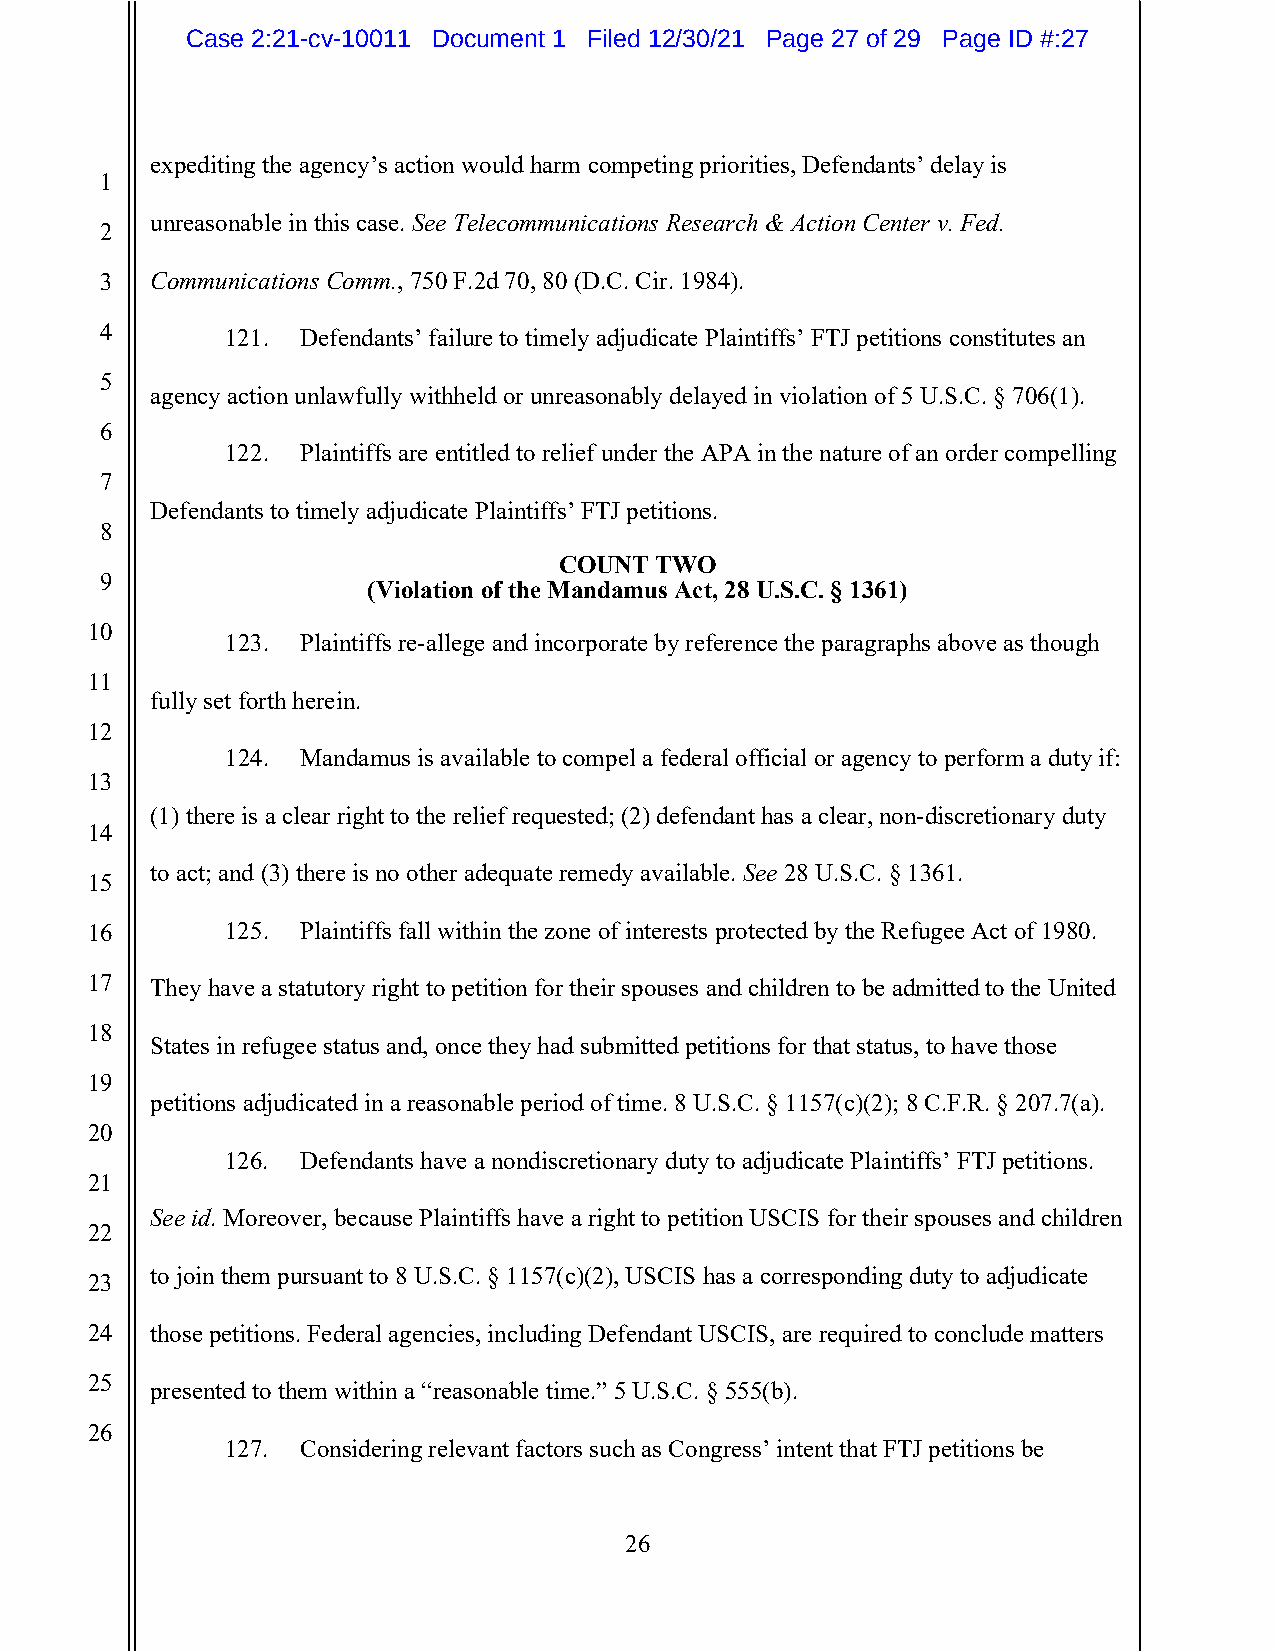
Case 2:21-cv-10011 Document 1 Filed 12/30/21 Page 27 of 29 Page ID #:27
 expediting the agency’s action would harm competing priorities, Defendants’ delay is
 1
 unreasonable in this case. See Telecommunications Research & Action Center v. Fed.
 2
 3  Communications Comm., 750 F.2d 70, 80 (D.C. Cir. 1984).
 4       121. Defendants’ failure to timely adjudicate Plaintiffs’ FTJ petitions constitutes an
 5
 agency action unlawfully withheld or unreasonably delayed in violation of 5 U.S.C. § 706(1).
 6
 122. Plaintiffs are entitled to relief under the APA in the nature of an order compelling
 7
 Defendants to timely adjudicate Plaintiffs’ FTJ petitions.
 8
 COUNT TWO
 9
 (Violation of the Mandamus Act, 28 U.S.C. § 1361)
 10
 123. Plaintiffs re-allege and incorporate by reference the paragraphs above as though
 11
 fully set forth herein.
 12
 124. Mandamus is available to compel a federal official or agency to perform a duty if:
 13
 (1) there is a clear right to the relief requested; (2) defendant has a clear, non-discretionary duty
 14
 to act; and (3) there is no other adequate remedy available. See 28 U.S.C. § 1361.
 15
 16       125. Plaintiffs fall within the zone of interests protected by the Refugee Act of 1980.
 17  They have a statutory right to petition for their spouses and children to be admitted to the United
 18
 States in refugee status and, once they had submitted petitions for that status, to have those
 19
 petitions adjudicated in a reasonable period of time. 8 U.S.C. § 1157(c)(2); 8 C.F.R. § 207.7(a).
 20
 126. Defendants have a nondiscretionary duty to adjudicate Plaintiffs’ FTJ petitions.
 21
 See id. Moreover, because Plaintiffs have a right to petition USCIS for their spouses and children
 22
 to join them pursuant to 8 U.S.C. § 1157(c)(2), USCIS has a corresponding duty to adjudicate
 23
 24  those petitions. Federal agencies, including Defendant USCIS, are required to conclude matters
 25
 presented to them within a “reasonable time.” 5 U.S.C. § 555(b).
 26
 127. Considering relevant factors such as Congress’ intent that FTJ petitions be
 26